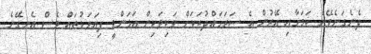
ދެނެގަނެވޭނެ ކަމަށާއި އޭރުން އެ ސަރަހައްދުތަަކަށް ވަކިވަކިން އަޅަންވީ ފިޔަވަޅުތައް ވެސް އެނގޭނެ